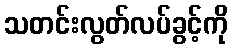
သတင်းလွတ်လပ်ခွင့်ကို